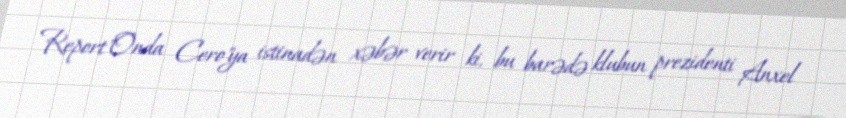
Report"Onda Cero"ya istinadən xəbər verir ki, bu barədə klubun prezidenti Anxel